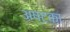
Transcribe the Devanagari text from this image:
अष्टका